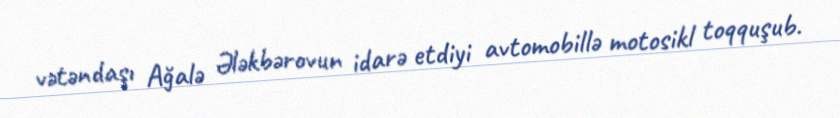
vətəndaşı Ağalə Ələkbərovun idarə etdiyi avtomobillə motosikl toqquşub.